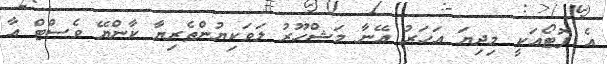
އެ ފޮޓޯއަކީ މިދިޔަ އަހަރު އޭނާ މަޝްހޫރު ލަވަކިޔުންތެރިޔާ ކާންޔޭ ވެސްޓް އާ